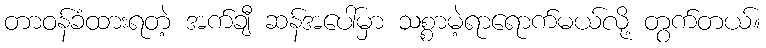
တာဝန်ခံထားရတဲ့ အက်ချီ ဆန်အပေါ်မှာ သစ္စာမဲ့ရာရောက်မယ်လို့ တွက်တယ်။